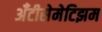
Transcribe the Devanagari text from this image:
अँटीसेमेटिझम